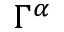
\Gamma ^ { \alpha }